Report of the Municipal Commissioner on the plague in Bombay for the year ending 31st May... - Volume 2
Disease focus: Plague
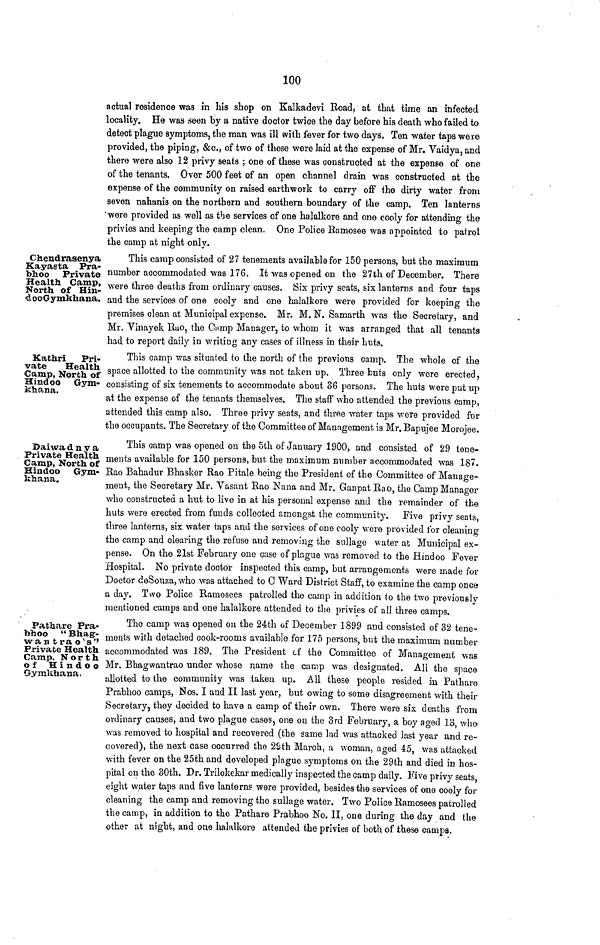
100
actual residence was in his shop on Kalkadevi Road, at that time an infected
locality. He was seen by a native doctor twice the day before his death who failed to
detect plague symptoms, the man was ill with fever for two days. Ten water taps were
provided, the piping, &c., of two of these were laid at the expense of Mr. Vaidya, and
there were also 12 privy seats ; one of these was constructed at the expense of one
of the tenants. Over 500 feet of an open channel drain was constructed at the
expense of the community on raised earthwork to carry off the dirty water from
seven nahanis on the northern and southern boundary of the camp. Ten lanterns
were provided as well as the services of one halalkore and one cooly for attending the
privies and keeping the camp clean. One Police Ramosee was appointed to patrol
the camp at night only.
Chendrasenya
Kayasta Pra-
bhoo Private
Health Camp,
North of Hin-
4 ooG ymkhana.
This camp consisted of 27 tenements available for 150 persons, but the maximum
number accommodated was 176. It was opened on the 27th of December. There
were three deaths from ordinary causes. Six privy seats, six lanterns and four taps
and the services of one oooly and one halalkore were provided for keeping the
premises clean at Municipal expense. Mr. M. N. Samarth was the Secretary, and
Mr. Yinayek Rao, the C¡nnp Manager, to whom it was arranged that all tenants
had to report daily in writing any cases of illness in their huts.
Kathri Pri-
vate
Health
Camp, North of
Hindoo Gym-
khana.
This camp was situated to the north of the previous camp. The whole of the
space allotted to the community was not taken up. Three huts only were erected,
consisting of six tenements to accommodate about 86 persons. The huts were put up
at the expense of the tenants themselves. The staff who attended the previous camp,
attended this camp also. Three privy seats, and three water taps were provided for
the occupants. The Secretary of the Committee of Management is Mr. Bapujee Morojee.
Bai wad n y a
Private Health
Camp, North of
Hindoo Gym-
khana.
This camp was opened on the 5th of January 1900, and consisted of 29 tene-
ments available for 150 persons, but the maximum number accommodated was 187.
Rao Bahadur Bhasker Rao Pítale being the President of the Committee of Manage-
ment, the Secretary Mr. Vasant Rao Nana and Mr. Ganpat Rao, the Camp Manager
who constructed a hut to live in at his personal expense and the remainder of the
huts were erected from funds collected amongst the community. Five privy seats,
three lanterns, six water taps and the services of one cooly were provided tor cleaning
the camp and clearing the refuse and removing the sullage water at Municipal ex-
pense. On the 21st February one case of plague was removed to the Hindoo Fever
Hospital. No private doctor inspected this camp, but arrangements were made for
Doctor deSoiiza, who was attached to C Ward District Staff, to examine the camp once
a day. Two Police Ramosees patrolled the camp in addition ίο the two previously
mentioned camps and one halalkore attended to the privies of all three camps.
Pathare Pra-
bhoo " Bhag-
wan t ra o's''
Private Health
Camp, North
of Hindoo
(Jymkhana.
The camp was opened on the 24th of December 1899 and consisted of 32 tene-
ments with detached cook-rooms available for 175 persons, but the maximum number
accommodated was 189. The President cf the Committee of Management was
Mr. Bhagwantrao under whose name the camp was designated. All the space
allotted to the community was taken up. All these people resided in Pathare
Prabhoo camps, Nos. I arid II last year, but owing to some disagreement with their
Secretary, they decided to have a camp of their own. There were six deaths from
ordinary causes, and two plague cases, one on the 3rd February, a boy aged 13, who·
was removed to hospital and recovered (the same lad was attacked last year and re-
covered), the next case occurred the 2Sth March, a woman, aged 45, was attacked
with fever on the 25th and developed plague symptoms on the 29th and died in hos-
pital on the 30th. Dr. Trilokekar medically inspected the camp daily. Five privy seats,
eight water taps and five lantern? were provided, besides the services of one cooly for
cleaning the camp and removing the sullage water. Two Police Ramosees patrolled
the camp, in addition to the Pathare Prabhoo No. 11, one during the day and the
other at night, and one halalkore attended the privies of both of these camps.